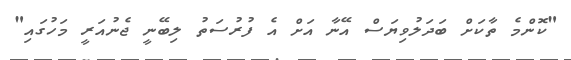
"ކޮންމެ ތާކަށް ބަދަލުވިޔަސް އޭނާ އަށް އެ ފުރުސަތު ލިބޭނީ ޖެނުއަރީ މަހުގައި"